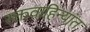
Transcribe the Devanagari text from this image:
रक्तवाहिन्यांत